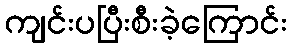
ကျင်းပပြီးစီးခဲ့ကြောင်း